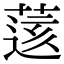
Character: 𦷷